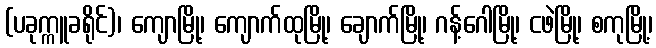
(ပခုက္ကူခရိုင်)၊ ကျောမြို့၊ ကျောက်ထုမြို့၊ ချောက်မြို့၊ ဂန့်ဂေါမြို့၊ ငဖဲမြို့၊ စကုမြို့၊